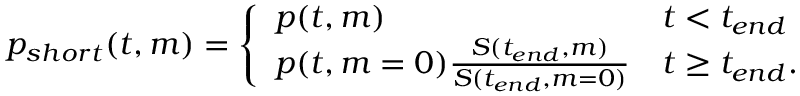
\begin{array} { r } { p _ { s h o r t } ( t , m ) = \left\{ \begin{array} { l l } { p ( t , m ) } & { t < t _ { e n d } } \\ { p ( t , m = 0 ) \frac { S ( t _ { e n d } , m ) } { S ( t _ { e n d } , m = 0 ) } } & { t \geq t _ { e n d } . } \end{array} \right. } \end{array}